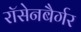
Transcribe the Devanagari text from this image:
रॉसेनबैर्गर